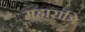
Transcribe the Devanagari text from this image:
महारात्रि